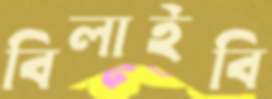
বিলাইবি